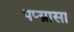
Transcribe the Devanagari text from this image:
पप्य्रासा